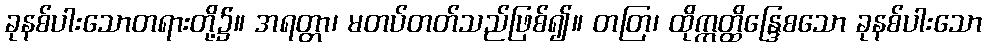
ခုနစ်ပါးသောတရားတို့၌။ အရတ္တာ၊ မတပ်တတ်သည်ဖြစ်၍။ တတြ၊ ထိုဣတ္ထိန္ဒြေစသော ခုနစ်ပါးသော